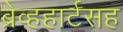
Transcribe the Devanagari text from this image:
ब्रेव्हहार्टसह